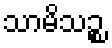
သာမိသဉ္စ